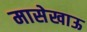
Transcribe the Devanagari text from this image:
मासेखाऊ